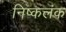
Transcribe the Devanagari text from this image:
निष्‍कलंक